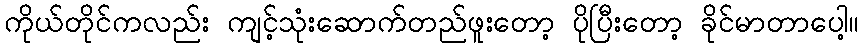
ကိုယ်တိုင်ကလည်း ကျင့်သုံးဆောက်တည်ဖူးတော့ ပိုပြီးတော့ ခိုင်မာတာပေါ့။